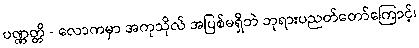
ပဏ္ဏတ္တိ - လောကမှာ အကုသိုလ် အပြစ်မရှိဘဲ ဘုရားပညတ်တော်ကြောင့်၊